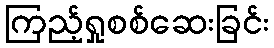
ကြည့်ရှုစစ်ဆေးခြင်း